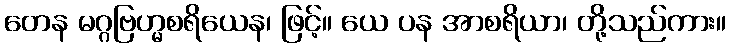
တေန မဂ္ဂဗြဟ္မစရိယေန၊ ဖြင့်။ ယေ ပန အာစရိယာ၊ တို့သည်ကား။